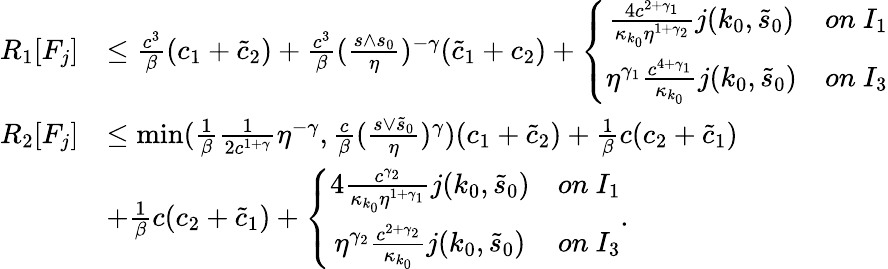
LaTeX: \begin{array}{rl}{R_{1}[F_{j}]}&{\le\frac{c^{3}}\beta(c_{1}+\tilde{c}_{2})+\frac{c^{3}}\beta(\frac{s\wedge s_{0}}\eta)^{-\gamma}(\tilde{c}_{1}+c_{2})+\left\{ \begin{array}{cc}{\frac{4c^{2+\gamma_{1}}}{\kappa_{k_{0}}\eta^{1+\gamma_{2}}}j(k_{0},\tilde{s}_{0})}&{on\ I_{1}}\\ {\eta^{\gamma_{1}}\frac{c^{4+\gamma_{1}}}{\kappa_{k_{0}}}j(k_{0},\tilde{s}_{0})}&{on\ I_{3}}\end{array}\right.}\\ {R_{2}[F_{j}]}&{\le\operatorname*{min}(\frac 1\beta\frac 1{2c^{1+\gamma}}\eta^{-\gamma},\frac c\beta(\frac{s\vee\tilde{s}_{0}}\eta)^{\gamma})(c_{1}+\tilde{c}_{2})+\frac 1\beta c(c_{2}+\tilde{c}_{1})}\\ &{+\frac 1\beta c(c_{2}+\tilde{c}_{1})+\left\{ \begin{array}{cc}{4\frac{c^{\gamma_{2}}}{\kappa_{k_{0}}\eta^{1+\gamma_{1}}}j(k_{0},\tilde{s}_{0})}&{on\ I_{1}}\\ {\eta^{\gamma_{2}}\frac{c^{2+\gamma_{2}}}{\kappa_{k_{0}}}j(k_{0},\tilde{s}_{0})}&{on\ I_{3}}\end{array}\right..}\end{array}